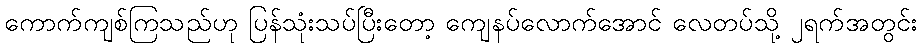
ကောက်ကျစ်ကြသည်ဟု ပြန်သုံးသပ်ပြီးတော့ ကျေနပ်လောက်အောင် လေတပ်သို့ ၂ရက်အတွင်း